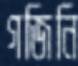
গজিনি